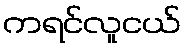
ကရင်လူငယ်